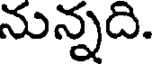
నున్నది.